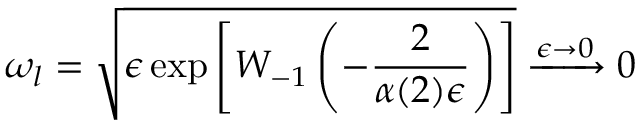
\omega _ { l } = \sqrt { \epsilon \exp \left[ W _ { - 1 } \left( - \frac 2 { \alpha ( 2 ) \epsilon } \right) \right] } \xrightarrow { \epsilon \rightarrow 0 } 0